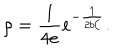
LaTeX: \rho = { \frac { 1 } { 4 e } } e ^ { - { \frac { 1 } { 2 b { \cal C } } } } .